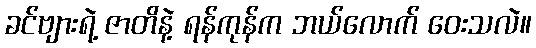
ခင်ဗျားရဲ့ ဇာတိနဲ့ ရန်ကုန်က ဘယ်လောက် ဝေးသလဲ။